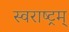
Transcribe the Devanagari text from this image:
स्वराष्ट्रम्‌